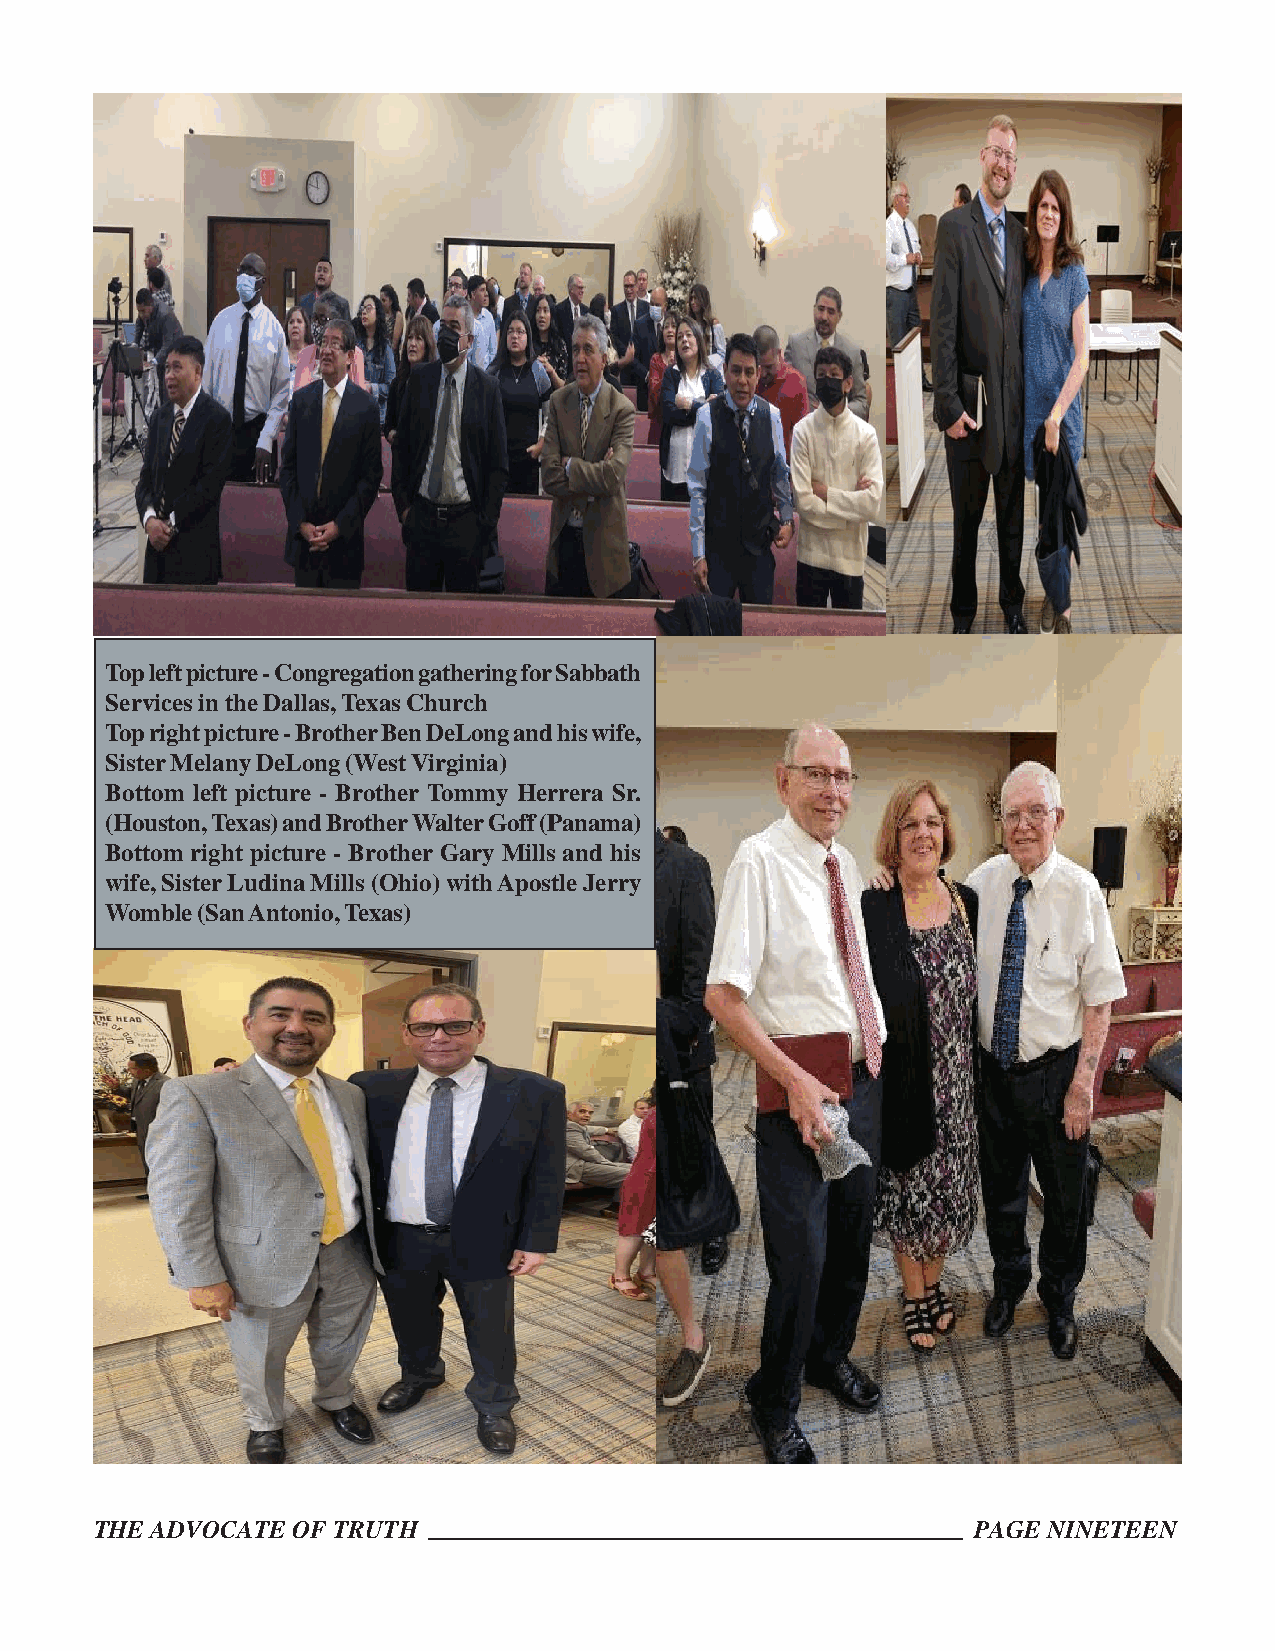
Top left picture - Congregation gathering for Sabbath
 Services in the Dallas, Texas Church
 Top right picture - Brother Ben DeLong and his wife,
 Sister Melany DeLong (West Virginia)
 Bottom left picture - Brother Tommy Herrera Sr.
 (Houston, Texas) and Brother Walter Goff (Panama)
 Bottom right picture - Brother Gary Mills and his
 wife, Sister Ludina Mills (Ohio) with Apostle Jerry
 Womble (San Antonio, Texas)
 THE ADVOCATE OF TRUTH                                      PAGE NINETEEN